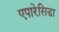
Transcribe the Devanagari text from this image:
एपारेसिडा